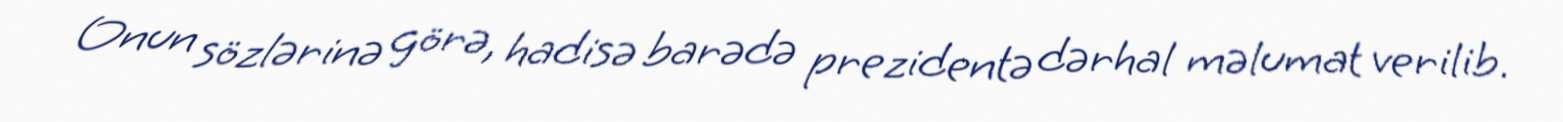
Onun sözlərinə görə, hadisə barədə prezidentə dərhal məlumat verilib.